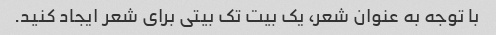
با توجه به عنوان شعر، یک بیت تک بیتی برای شعر ایجاد کنید.